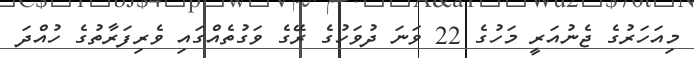
މިއަހަރުގެ ޖެނުއަރީ މަހުގެ 22 ވަނަ ދުވަހުގެ ރޭގެ ވަގުތެއްގައި ވެރިފަރާތުގެ ހުއްދަ